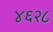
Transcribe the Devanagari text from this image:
४६२८